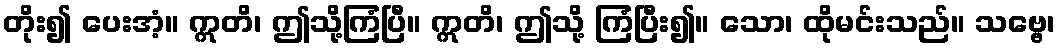
တိုး၍ ပေးအံ့။ ဣတိ၊ ဤသို့ကြံပြီ။ ဣတိ၊ ဤသို့ ကြံပြီး၍။ သော၊ ထိုမင်းသည်။ သဗ္ဗေ၊